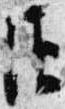
須